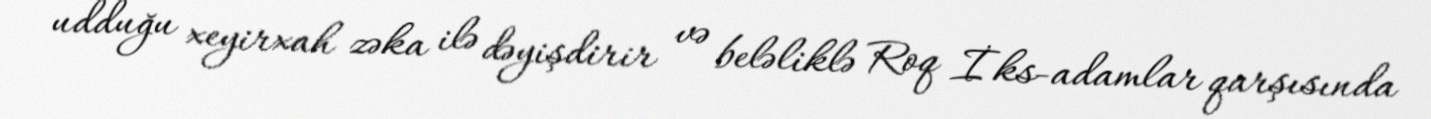
udduğu xeyirxah zəka ilə dəyişdirir və beləliklə Roq İks-adamlar qarşısında